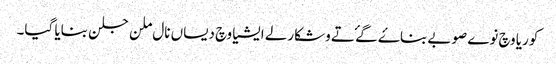
کوریا وچ نوے صوبے بناۓ گۓ تے وشکارلے ایشیا وچ دیساں نال ملن جلن بنایا گیا۔